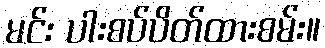
မင်း ပါးစပ်ပိတ်ထားစမ်း။